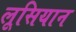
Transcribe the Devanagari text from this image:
लूसियान